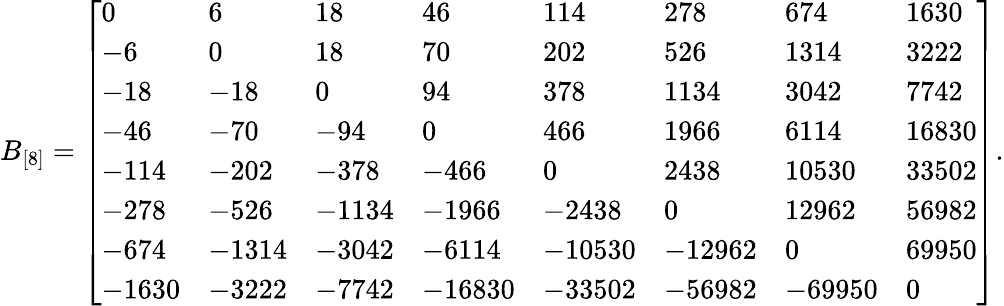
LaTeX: B_{[8]}=\left[\begin{array}{llllllll}{0}&{6}&{18}&{46}&{114}&{278}&{674}&{1630}\\ {-6}&{0}&{18}&{70}&{202}&{526}&{1314}&{3222}\\ {-18}&{-18}&{0}&{94}&{378}&{1134}&{3042}&{7742}\\ {-46}&{-70}&{-94}&{0}&{466}&{1966}&{6114}&{16830}\\ {-114}&{-202}&{-378}&{-466}&{0}&{2438}&{10530}&{33502}\\ {-278}&{-526}&{-1134}&{-1966}&{-2438}&{0}&{12962}&{56982}\\ {-674}&{-1314}&{-3042}&{-6114}&{-10530}&{-12962}&{0}&{69950}\\ {-1630}&{-3222}&{-7742}&{-16830}&{-33502}&{-56982}&{-69950}&{0}\end{array}\right].